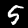
Digit: 5